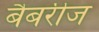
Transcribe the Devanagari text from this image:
बैबरीज